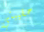
حقيبتي